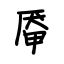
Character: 厣